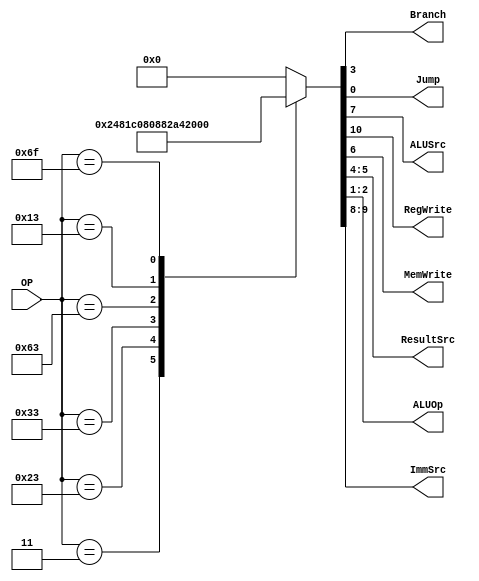
/*
   Created by : Mohamed Hazem Mamdouh
   12-08-2023
   7:30 PM
 */


//***************  Control decode Unit Module ***************//



module control_decode  (

//*************** Inputs && Outputs Port Declaration ***************//


 input   wire     [6:0]       OP,
 output  reg                  Branch,
 output  reg                  Jump, 
 output  reg                  ALUSrc,
 output  reg                  RegWrite,
 output  reg                  MemWrite,
 output  reg      [1:0]       ResultSrc, 
 output  reg      [1:0]       ALUOp,
 output  reg      [1:0]       ImmSrc

);


parameter   [6:0]   lw    = 7'b0000011,
                    sw    = 7'b0100011,
					R     = 7'b0110011,
					I     = 7'b0010011,
					jal   = 7'b1101111,
                    beq   = 7'b1100011;


always @ (*)
begin
 case(OP)
  lw      : {RegWrite,ImmSrc,ALUSrc,MemWrite,ResultSrc,Branch,ALUOp,Jump} = 11'b 1_00_1_0_01_0_00_0;          
  sw      : {RegWrite,ImmSrc,ALUSrc,MemWrite,ResultSrc,Branch,ALUOp,Jump} = 11'b 0_01_1_1_00_0_00_0;
  R       : {RegWrite,ImmSrc,ALUSrc,MemWrite,ResultSrc,Branch,ALUOp,Jump} = 11'b 1_00_0_0_00_0_10_0;
  beq     : {RegWrite,ImmSrc,ALUSrc,MemWrite,ResultSrc,Branch,ALUOp,Jump} = 11'b 0_10_0_0_00_1_01_0;
  I       : {RegWrite,ImmSrc,ALUSrc,MemWrite,ResultSrc,Branch,ALUOp,Jump} = 11'b 1_00_1_0_00_0_10_0;
  jal     : {RegWrite,ImmSrc,ALUSrc,MemWrite,ResultSrc,Branch,ALUOp,Jump} = 11'b 1_11_0_0_10_0_00_1;
  default : {RegWrite,ImmSrc,ALUSrc,MemWrite,ResultSrc,Branch,ALUOp,Jump} = 11'b 0_00_0_0_00_0_00_0;
  endcase            
 end 
endmodule